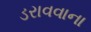
ડરાવવાના